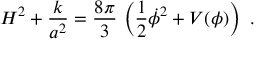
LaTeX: H ^ { 2 } + \frac { k } { a ^ { 2 } } = \frac { 8 \pi } { 3 } \, \left( \frac { 1 } { 2 } \dot { \phi } ^ { 2 } + V ( \phi ) \right) \ .